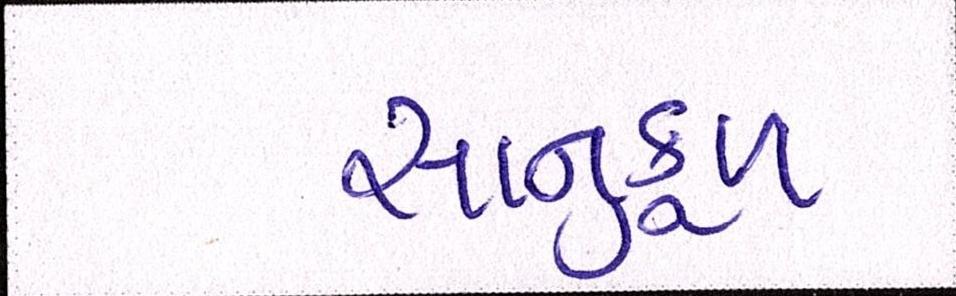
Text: સાનુકૂળ